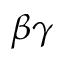
\beta \gamma